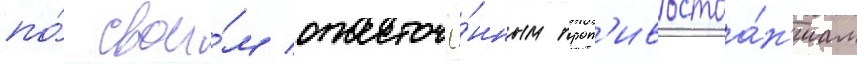
по́ свои́м ожесточё́нным прот'ивостоа́н'иам